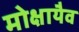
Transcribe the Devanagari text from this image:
मोक्षायैव